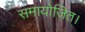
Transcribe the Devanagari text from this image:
समायोजित।